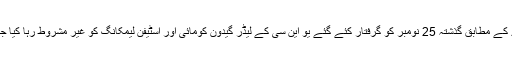
معاہدے کے مطابق گذشتہ 25 نومبر کو گرفتار کئے گئے یو این سی کے لیڈر گیدون کومائی اور اسٹیفن لیمکانگ کو غیر مشروط رہا کیا جائے گا۔